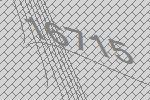
16715